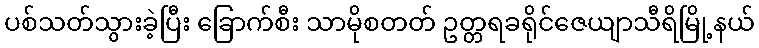
ပစ်သတ်သွားခဲ့ပြီး ခြောက်စီး သာမိုစတတ် ဥတ္တရခရိုင်ဇေယျာသီရိမြို့နယ်